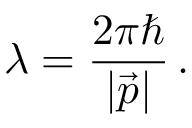
\lambda = \frac { 2 \pi \hbar } { | \vec { p } | } \, .